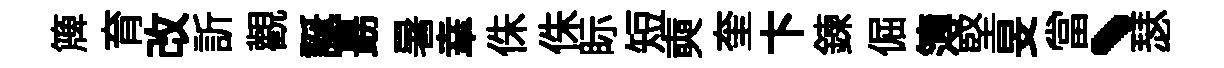
簰育改訢觀誕朂暑𦍒侏侏眎短奭奎卞鍊倔簿堅旻當、瑟